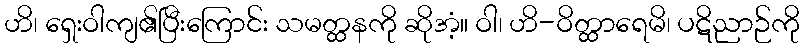
ဟိ၊ ရှေးဝါကျ၏ပြီးကြောင်း သမတ္ထနကို ဆိုအံ့။ ဝါ၊ ဟိ-ဝိတ္ထာရေမိ၊ ပဋိညာဉ်ကို